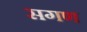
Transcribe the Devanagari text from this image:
सगण